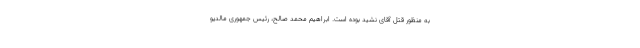
به منظور قتل آقای نشید بوده است. ابراهیم محمد صالح، رئیس جمهوری مالدیو